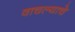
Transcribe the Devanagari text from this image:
वाचल्याचे